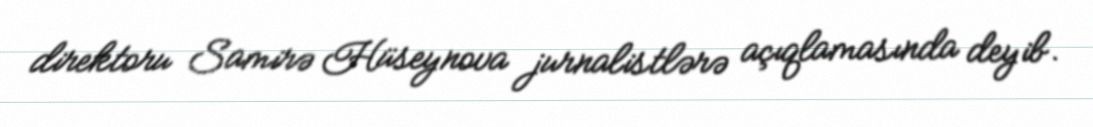
direktoru Samirə Hüseynova jurnalistlərə açıqlamasında deyib.